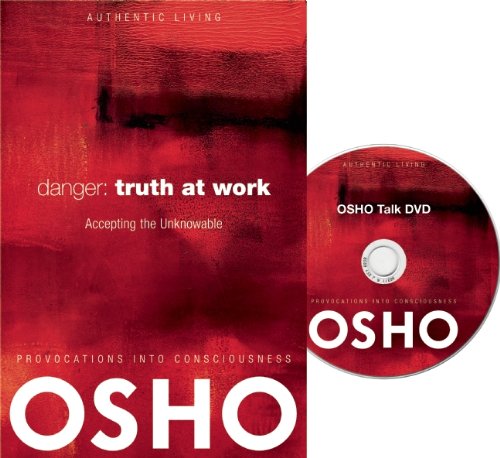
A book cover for Danger: Truth at Work: The Courage to Accept the Unknowable (Authentic Living); Osho; Religion & Spirituality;